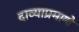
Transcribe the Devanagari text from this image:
दाव्याप्रमाणे